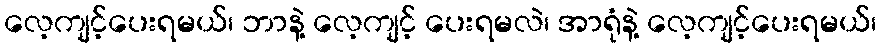
လေ့ကျင့်ပေးရမယ်၊ ဘာနဲ့ လေ့ကျင့် ပေးရမလဲ၊ အာရုံနဲ့ လေ့ကျင့်ပေးရမယ်၊